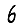
Digit: 6